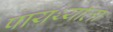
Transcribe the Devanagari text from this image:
पायर्थ्याला